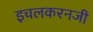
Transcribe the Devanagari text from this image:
इचलकरनजी